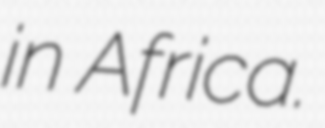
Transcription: in Africa.